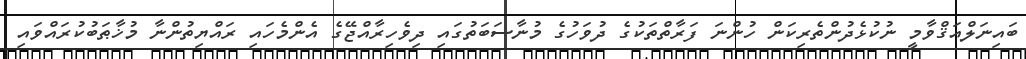
ބައިނަލްއަޤްވާމީ ނުކުޅެދުންތެރިކަން ހުންނަ ފަރާތްތަކުގެ ދުވަހުގެ މުނާސަބަތުގައި ދިވެހިރާއްޖޭގެ އެންމެހައި ރައްޔިތުންނާ މުޚާޠަބުކުރައްވައި